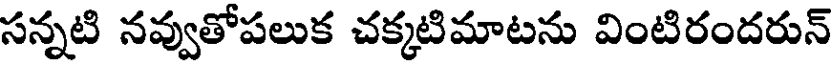
సన్నటి నవ్వుతోపలుక చక్కటిమాటను వింటిరందరున్